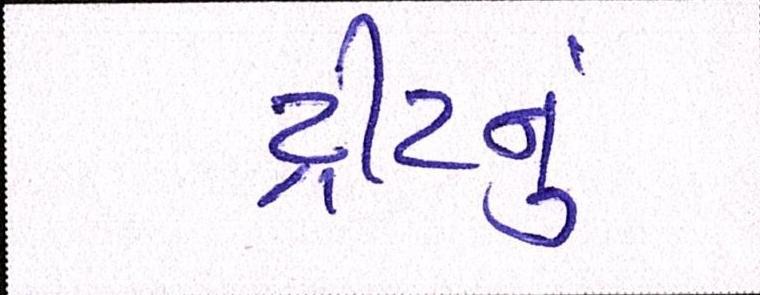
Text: ટ્રીટનું